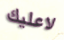
لاعليك